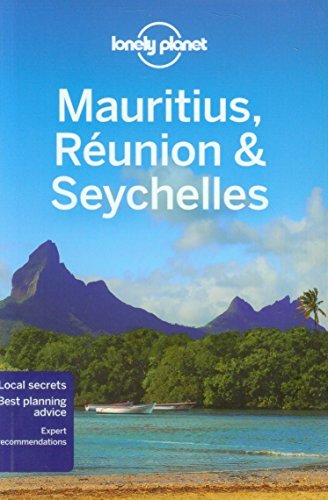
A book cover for By Lonely Planet Lonely Planet Mauritius, Reunion & Seychelles (Travel Guide) (8th Edition); Travel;